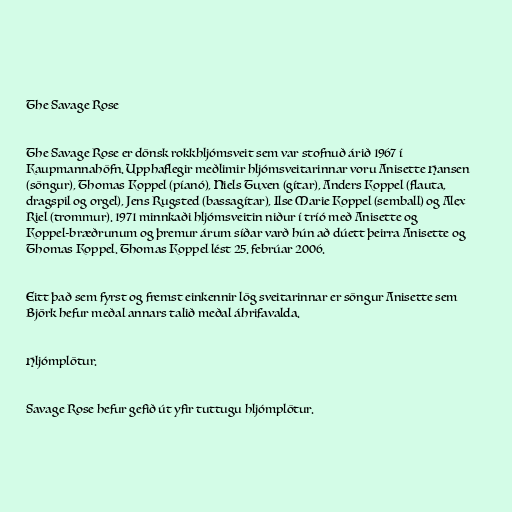
The Savage Rose

The Savage Rose er dönsk rokkhljómsveit sem var stofnuð árið 1967 í
Kaupmannahöfn. Upphaflegir meðlimir hljómsveitarinnar voru Anisette Hansen
(söngur), Thomas Koppel (píanó), Niels Tuxen (gítar), Anders Koppel (flauta,
dragspil og orgel), Jens Rugsted (bassagítar), Ilse Marie Koppel (semball) og Alex
Riel (trommur). 1971 minnkaði hljómsveitin niður í tríó með Anisette og
Koppel-bræðrunum og þremur árum síðar varð hún að dúett þeirra Anisette og
Thomas Koppel. Thomas Koppel lést 25. febrúar 2006.

Eitt það sem fyrst og fremst einkennir lög sveitarinnar er söngur Anisette sem
Björk hefur meðal annars talið meðal áhrifavalda.

Hljómplötur.

Savage Rose hefur gefið út yfir tuttugu hljómplötur.